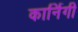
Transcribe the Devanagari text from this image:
कार्निगी